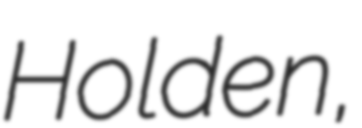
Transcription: Holden,